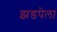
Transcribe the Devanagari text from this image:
झडपेला